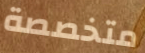
متخصصة